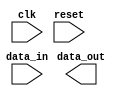
module timing_control_and_sync (
    input wire clk,
    input wire reset,
    input wire data_in,
    output reg data_out
);

// Clock divider block to generate appropriate clock frequencies
reg [7:0] counter;
always @(posedge clk or posedge reset) begin
    if (reset) begin
        counter <= 8'b0;
    end else begin
        if (counter == 8'b11111111) begin
            counter <= 8'b0;
        end else begin
            counter <= counter + 1'b1;
        end
    end
end

// Reset generation logic
always @(posedge clk or posedge reset) begin
    if (reset) begin
        // Reset initialization logic here
    end
end

// Synchronization logic
always @(posedge clk or posedge reset) begin
    if (reset) begin
        // Reset synchronization logic here
    end else begin
        // Data transfer logic between different clock domains here
        // Use appropriate synchronization techniques like FIFOs or synchronizers
    end
end

// Handshake signals, error detection/correction, and other control logic can be included here

endmodule